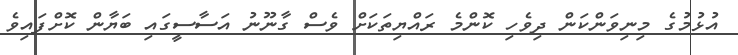
އުޅުމުގެ މިނިވަންކަން ދިވެހި ކޮންމެ ރައްޔިތަކަށް ވެސް ގާނޫނު އަސާސީގައި ބަޔާން ކޮށްފައިވެ